Vaccine operations Central Provinces & Berar 1922-1929 - 1922-1929
Year: 1922
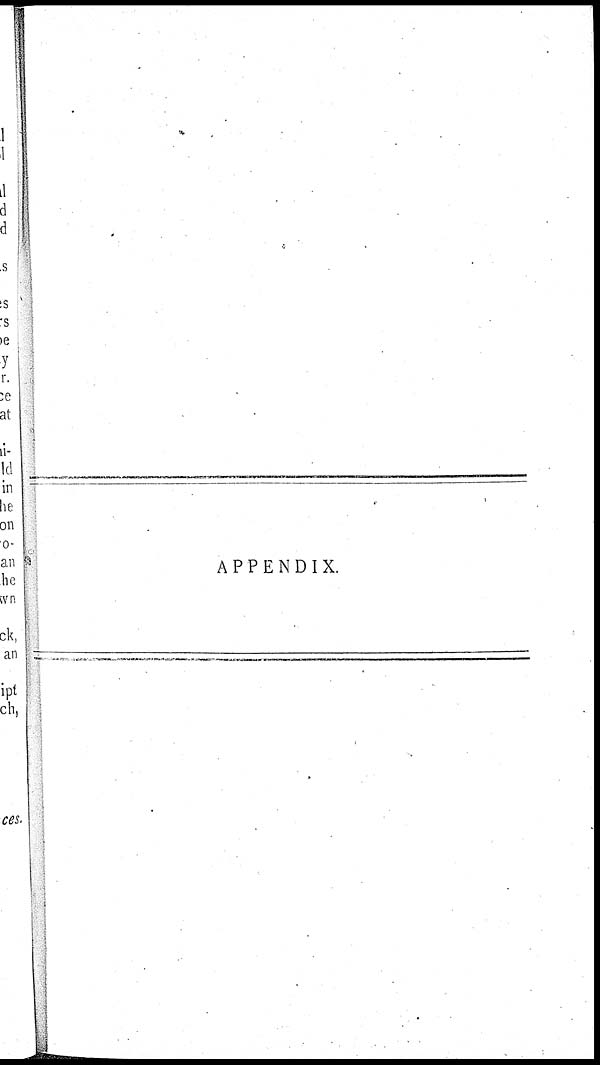
APPENDIX.